Indian journal of veterinary science and animal husbandry - Volumes 18-21, 1948-1951
Year: 1948
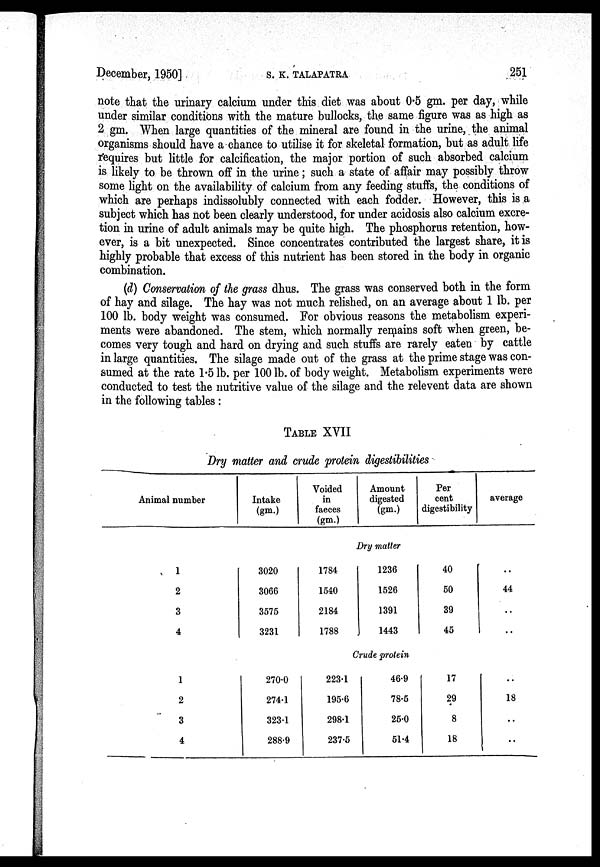
December, 1950]
S.
K.
TALAPATRA
251
note that the urinary calcium under this diet was about 0.5 gm. per day, while
under similar conditions with the mature bullocks, the same figure was as high as
2 gm. When large quantities of the mineral are found in the urine, the animal
organisms should have a chance to utilise it for skeletal formation, but as adult life
requires but little for calcification, the major portion of such absorbed calcium
is likely to be thrown off in the urine; such a state of affair may possibly throw
some light on the availability of calcium from any feeding stuffs, the conditions of
which are perhaps indissolubly connected with each fodder. However, this is a
subject which has not been clearly understood, for under acidosis also calcium excre-
tion in urine of adult animals may be quite high. The phosphorus retention, how-
ever, is a bit unexpected. Since concentrates contributed the largest share, it is
highly probable that excess of this nutrient has been stored in the body in organic
combination.
(d) Conservation of the grass dhus. The grass was conserved both in the form
of hay and silage. The hay was not much relished, on an average about 1 lb. per
100 lb. body weight was consumed. For obvious reasons the metabolism experi-
ments were abandoned. The stem, which normally remains soft when green, be-
comes very tough and hard on drying and such stuffs are rarely eaten by cattle
in large quantities. The silage made out of the grass at the prime stage was con-
sumed at the rate 1.5 lb. per 100 lb. of body weight. Metabolism experiments were
conducted to test the nutritive value of the silage and the relevent data are shown
in the following tables:
TABLE XVII
Dry matter and crude protein digestibilities
Animal number
1
2
3
4
1
2
3
4
Intake
(gm.)
Voided
in
faeces
(gm.)
Amount
digested
(gm.)
Per
cent
digestibility
average
Dry matter
3020
3066
3575
3231
1784
1540
2184
1788
1236
1526
1391
1443
40
50
39
45
..
44
..
..
Crude protein
270.0
274.1
323.1
288.9
223.1
195.6
298.1
237.5
46.9
78.5
25.0
51.4
17
29
8
18
..
18
..
..